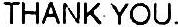
THANK YOU.